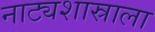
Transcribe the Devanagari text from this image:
नाट्यशास्राला